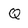
Character: Q